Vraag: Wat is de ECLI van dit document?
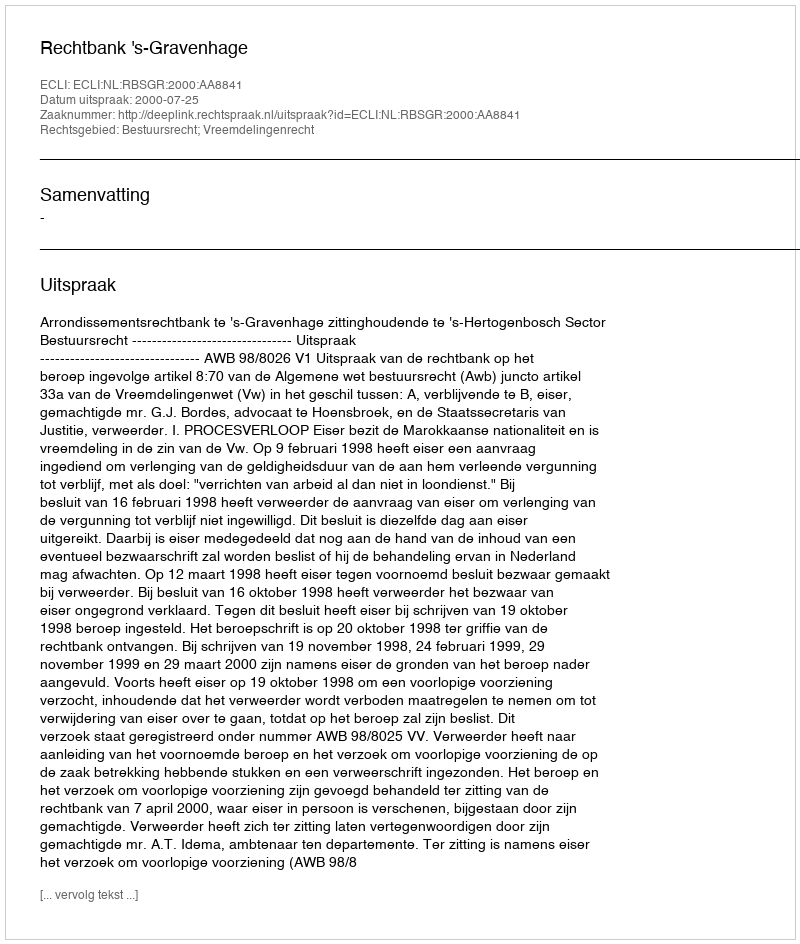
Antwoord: ECLI:NL:RBSGR:2000:AA8841